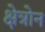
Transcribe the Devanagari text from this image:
क्षेत्रोन